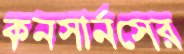
কনসার্নসের